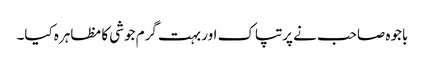
باجوہ صاحب نے پرتپاک اور بہت گرم جوشی کا مظاہرہ کیا۔